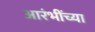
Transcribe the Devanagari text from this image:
आरंभींच्या